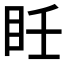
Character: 𥄮